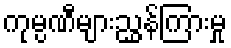
ကုမ္ပဏီများညွှန်ကြားမှု